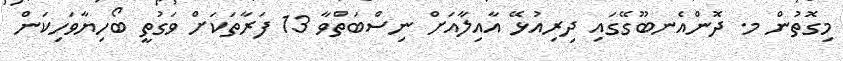
މިގޮތުން މ. ދޮންއެނބޫގޭގައި ދިރިއުޅޭ އާއިލާއަށް ނިސްބަތްވާ 13 ފަރާތަކަށް ވަގުތީ ބޯހިޔާވަހިކަން